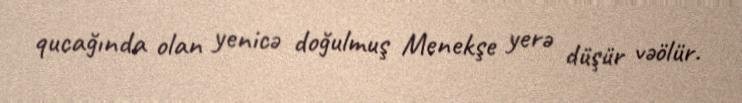
qucağında olan yenicə doğulmuş Menekşe yerə düşür vəölür.